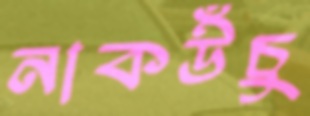
নাকউঁচু